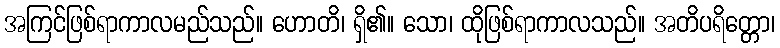
အကြင်ဖြစ်ရာကာလမည်သည်။ ဟောတိ၊ ရှိ၏။ သော၊ ထိုဖြစ်ရာကာလသည်။ အတိပရိတ္တော၊